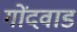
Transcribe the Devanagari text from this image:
गोंदवाड